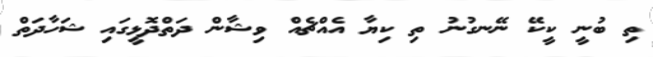
ތި ބުނީ ކީކޭ ނޭނގުނު ތި ކިޔާ އެއްޗެއް ވިޝާން ދަތްދޮޅީގައި ޝަހާދަތް